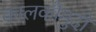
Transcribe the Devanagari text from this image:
कालकौमुदी